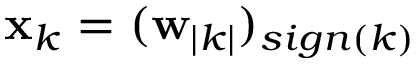
\mathbf { x } _ { k } = ( \mathbf { w } _ { | k | } ) _ { s i g n ( k ) }